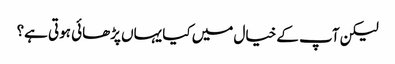
لیکن آپ کے خیال میں کیا یہاں پڑھائی ہوتی ہے؟